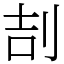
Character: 㓤